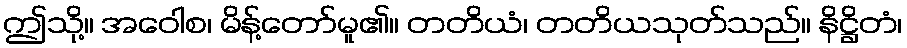
ဤသို့။ အဝေါစ၊ မိန့်တော်မူ၏။ တတိယံ၊ တတိယသုတ်သည်။ နိဋ္ဌိတံ၊